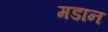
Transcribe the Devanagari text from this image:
मडान